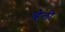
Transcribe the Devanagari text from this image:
व्हैली